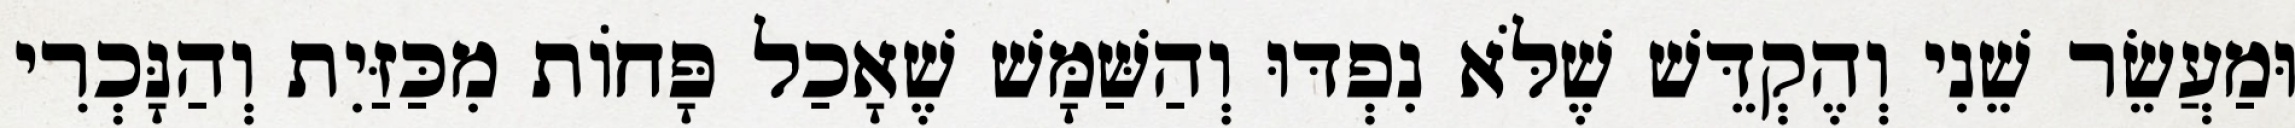
וּמַעֲשֵׂר שֵׁנִי וְהֶקְדֵּשׁ שֶׁלֹּא נִפְדּוּ וְהַשַּׁמָּשׁ שֶׁאָכַל פָּחוֹת מִכַּזַּיִת וְהַנָּכְרִי